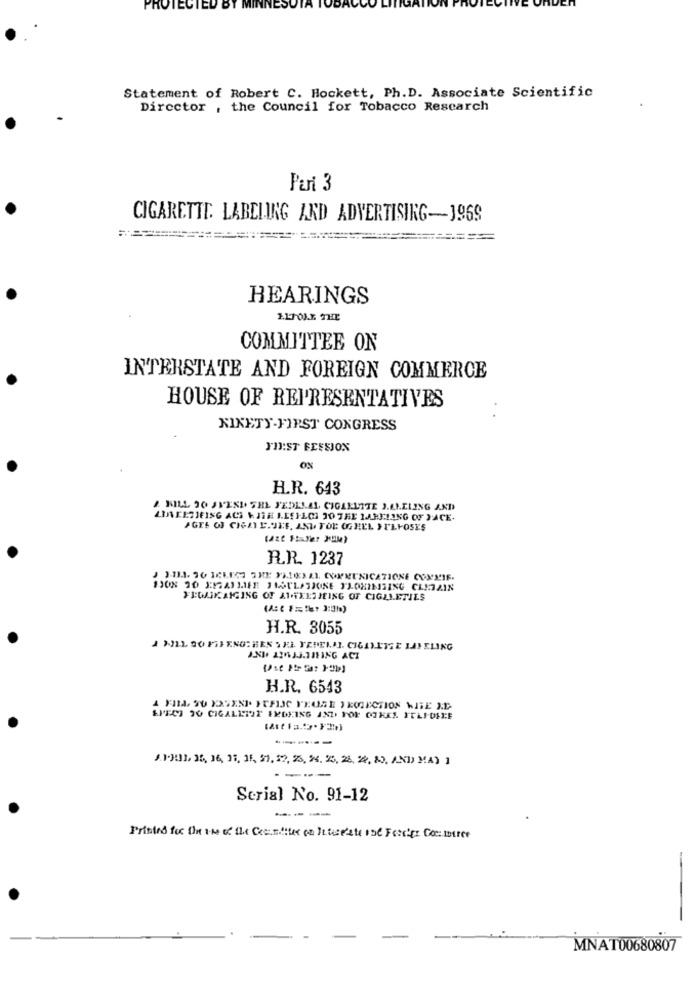
PROTECTED BY
Statement of Robert C. Hockett, Ph.D. Associate Scientific
Director , the Council for Tobacco Research
Pari 3
CIGARETTE. LABELING ARD ADVERTISING-1969
HEARINGS
COMMITTEE ON
INTERSTATE AND FOREIGN COMMERCE
HOUSE OF REPRESENTATIVES
NINETY-FIRST CONGRESS
JUST FESSION
0%
H.R. 643
& NILL 30 JVESI. SHL FEDELAL CIGALLITE J.ALELING AND
LIANCESJEING ACS + JTE LEEILCA 30 THE LABELING OF YACE-
AGEL OF CIATE.JEE, AND TOL OGHEL } PLFOSES
R.R. 1237
J J-133- 36 ICKE67 3RE FA163AL CONNUNICATIONE COMMIF-
FEGAIKAIGING OF ATHENSJEING OF CIGALETIES
H.R. 3055
H.R. 6543
SPECI 30 CIGALETOP EXOKING AND FOR OTRES IELS-DFEE
J.1-331, 35, 16, 31, 11, 51, 12, 23, 2. 25, 26, 2%, &3, AND) MA) 1
---
Serial No. 91-12
---
Printed for the the of the Commitee on Iterate ine Forces Commerce
MNAT00680807